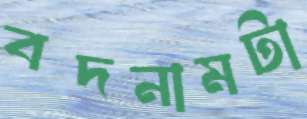
বদনামটা